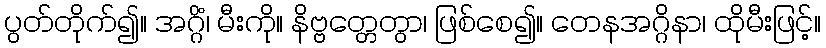
ပွတ်တိုက်၍။ အဂ္ဂိံ၊ မီးကို။ နိဗ္ဗတ္တေတွာ၊ ဖြစ်စေ၍။ တေနအဂ္ဂိနာ၊ ထိုမီးဖြင့်။